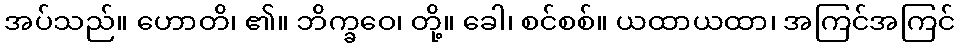
အပ်သည်။ ဟောတိ၊ ၏။ ဘိက္ခဝေ၊ တို့။ ခေါ၊ စင်စစ်။ ယထာယထာ၊ အကြင်အကြင်